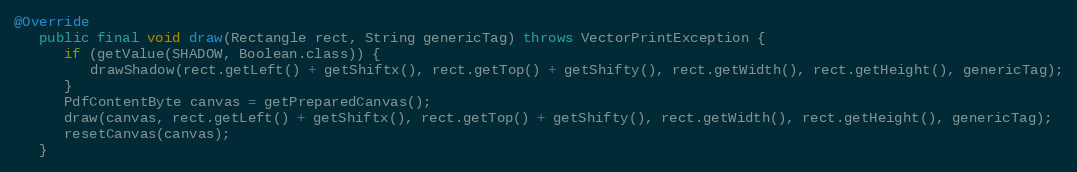
Language: Java
@Override
   public final void draw(Rectangle rect, String genericTag) throws VectorPrintException {
      if (getValue(SHADOW, Boolean.class)) {
         drawShadow(rect.getLeft() + getShiftx(), rect.getTop() + getShifty(), rect.getWidth(), rect.getHeight(), genericTag);
      }
      PdfContentByte canvas = getPreparedCanvas();
      draw(canvas, rect.getLeft() + getShiftx(), rect.getTop() + getShifty(), rect.getWidth(), rect.getHeight(), genericTag);
      resetCanvas(canvas);
   }